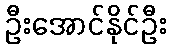
ဦးအောင်နိုင်ဦး